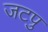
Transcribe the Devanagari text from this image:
जटपु